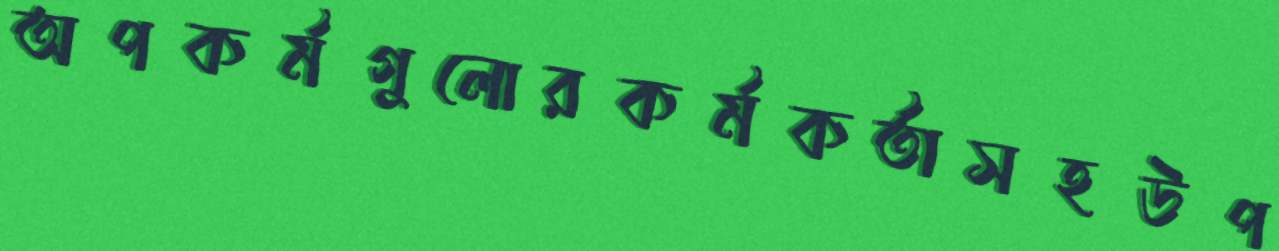
অপকর্মগুলোরকর্মকর্তাসহউপ